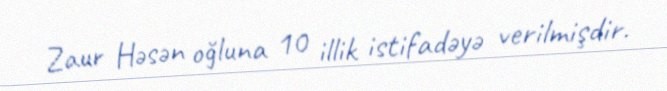
Zaur Həsən oğluna 10 illik istifadəyə verilmişdir.